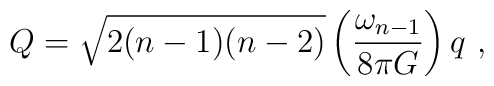
Q=\sqrt{2(n-1)(n-2)}\left({\omega_{n-1}\over 8\pi G}\right)q\ ,